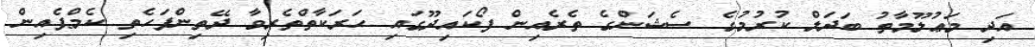
އަދި މަޢުލޫމާތު ބަދަލް ކުރުމުގެ ސެޝަންގެ ތެރެއިން ފޯކައިދޫގައި ހަރަކާތްތެރިވާ ދޭތިންފަހެތި ކެމްޕެއިން